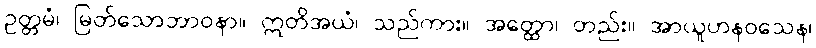
ဥတ္တမံ၊ မြတ်သောဘာဝနာ။ ဣတိအယံ၊ သည်ကား။ အတ္ထော၊ တည်း။ အာယူဟနဝသေန၊